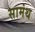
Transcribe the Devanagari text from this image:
सामंथ